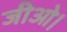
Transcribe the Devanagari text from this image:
जीओ।